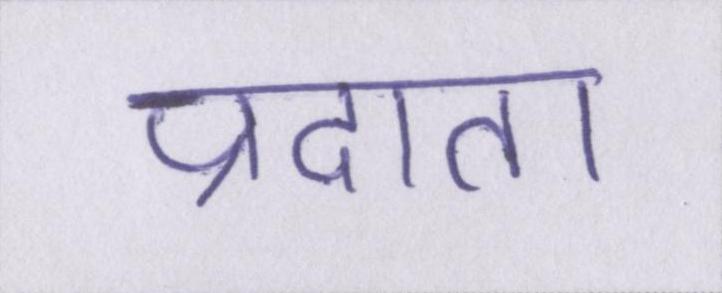
प्रदाता